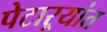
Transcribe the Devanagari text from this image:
पेटाऱ्यांत